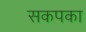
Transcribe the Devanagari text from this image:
सकपका